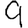
Digit: 9